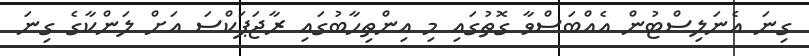
ގިނަ އެނަލިސްޓުން އެއްބަސްވާ ގޮތުގައި މި އިންތިހާބުގައި ރާޖަޕަކްސަ އަށް ލަންކާގެ ގިނަ